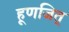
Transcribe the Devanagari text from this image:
हूणजित्‌